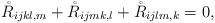
LaTeX: \begin{align*}\mathring{R}_{ijkl,m}+\mathring{R}_{ijmk,l}+\mathring{R}_{ijlm,k}=0,\end{align*}